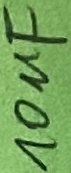
Text: 10uF